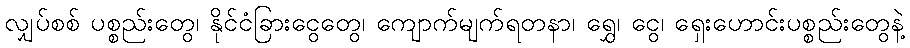
လျှပ်စစ် ပစ္စည်းတွေ၊ နိုင်ငံခြားငွေတွေ၊ ကျောက်မျက်ရတနာ၊ ရွှေ၊ ငွေ၊ ရှေးဟောင်းပစ္စည်းတွေနဲ့